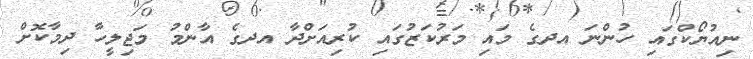
ނިއުޔޯކްގައި ހުންނަ އދގެ މައި މަރުކަޒުގައި ކުރިއަށްދާ އދގެ އާންމު މަޖިލީހާ ދިމާކޮށް